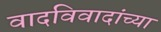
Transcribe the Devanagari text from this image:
वादविवादांच्या